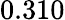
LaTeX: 0.310